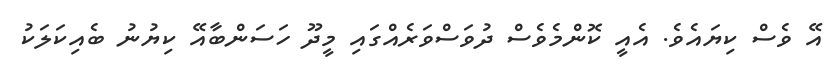
އޭ ވެސް ކިޔައެވެ. އެއީ ކޮންމެވެސް ދުވަސްވަރެއްގައި މީދޫ ހަސަންބާއޭ ކިޔުނު ބެއިކަލަކު